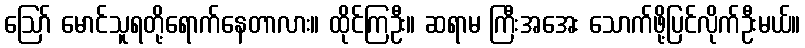
ဪ မောင်သူရတို့ရောက်နေတာလား။ ထိုင်ကြဦး။ ဆရာမ ကြီးအအေး သောက်ဖို့ပြင်လိုက်ဦးမယ်။